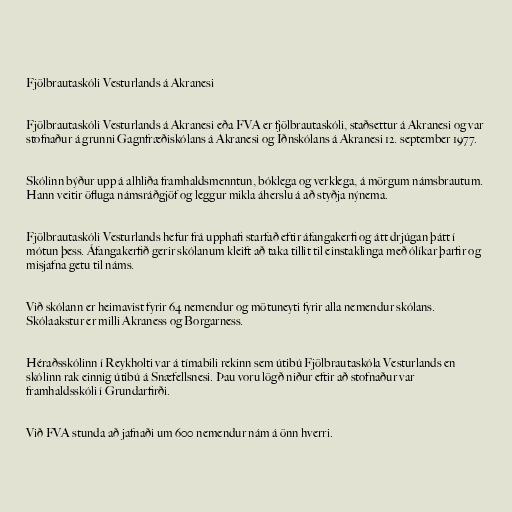
Fjölbrautaskóli Vesturlands á Akranesi

Fjölbrautaskóli Vesturlands á Akranesi eða FVA er fjölbrautaskóli, staðsettur á Akranesi og var
stofnaður á grunni Gagnfræðiskólans á Akranesi og Iðnskólans á Akranesi 12. september 1977.

Skólinn býður upp á alhliða framhaldsmenntun, bóklega og verklega, á mörgum námsbrautum.
Hann veitir öfluga námsráðgjöf og leggur mikla áherslu á að styðja nýnema.

Fjölbrautaskóli Vesturlands hefur frá upphafi starfað eftir áfangakerfi og átt drjúgan þátt í
mótun þess. Áfangakerfið gerir skólanum kleift að taka tillit til einstaklinga með ólíkar þarfir og
misjafna getu til náms.

Við skólann er heimavist fyrir 64 nemendur og mötuneyti fyrir alla nemendur skólans.
Skólaakstur er milli Akraness og Borgarness.

Héraðsskólinn í Reykholti var á tímabili rekinn sem útibú Fjölbrautaskóla Vesturlands en
skólinn rak einnig útibú á Snæfellsnesi. Þau voru lögð niður eftir að stofnaður var
framhaldsskóli í Grundarfirði.

Við FVA stunda að jafnaði um 600 nemendur nám á önn hverri.